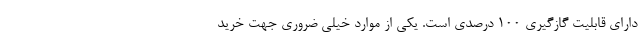
دارای قابلیت گازگیری 100 درصدی است. یکی از موارد خیلی ضروری جهت خرید